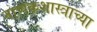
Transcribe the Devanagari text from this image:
नाणकशास्त्राच्या